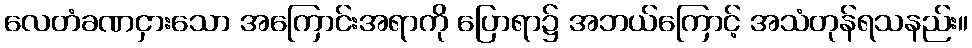
လေတံခဏငှားသော အကြောင်းအရာကို ပြောရာ၌ အဘယ်ကြောင့် အသံတုန်ရသနည်း။